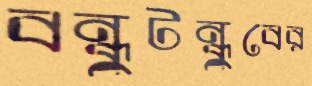
বন্ধুটন্ধুবের